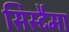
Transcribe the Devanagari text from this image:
सिस्टैमा